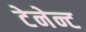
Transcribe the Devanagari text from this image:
टेनेन्ट